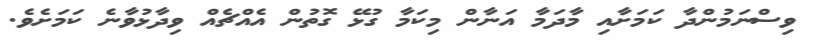
ވިސްނަމުންދާ ކަމަށާއި މާދަމާ އަނާން މިކަމާ ގުޅޭ ގޮތުން އެއްޗެއް ވިދާޅުވާނެ ކަމަށެވެ.